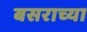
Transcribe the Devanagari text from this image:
बसराच्या